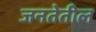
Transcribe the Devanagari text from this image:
जनतेतील